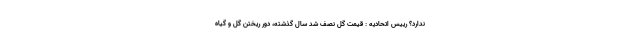
ندارد؟ رییس اتحادیه : قیمت گل نصف شد سال گذشته، دور ریختن گل و گیاه